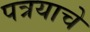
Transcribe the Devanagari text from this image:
पत्रयाचे